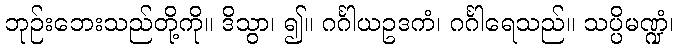
ဘုဉ်းဘေးသည်တို့ကို။ ဒိသွာ၊ ၍။ ဂင်္ဂါယဥဒကံ၊ ဂင်္ဂါရေသည်။ သပ္ပိမဏ္ဍံ၊